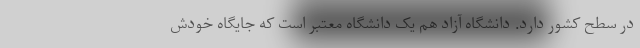
در سطح کشور دارد. دانشگاه آزاد هم یک دانشگاه معتبر است که جایگاه خودش